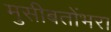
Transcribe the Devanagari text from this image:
मुसीबतोंभरा